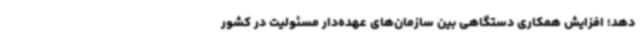
دهد؛ افزایش همکاری دستگاهی بین سازمان‌های عهده‌دار مسئولیت در کشور